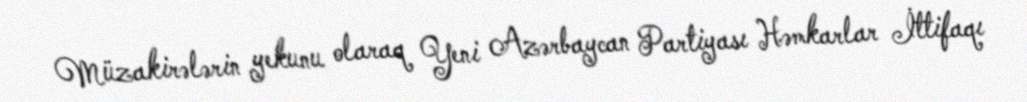
Müzakirələrin yekunu olaraq Yeni Azərbaycan Partiyası Həmkarlar İttifaqı